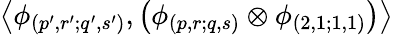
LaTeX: \left\langle\phi_{(p^{\prime},r^{\prime};q^{\prime},s^{\prime})},\left(\phi_{(p,r;q,s)}\otimes\phi_{(2,1;1,1)}\right)\right\rangle